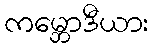
ကမ္ဘောဒီယား